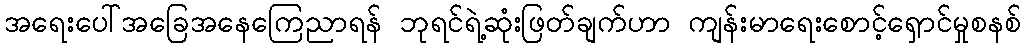
အရေးပေါ်အခြေအနေကြေညာရန် ဘုရင်ရဲ့ဆုံးဖြတ်ချက်ဟာ ကျန်းမာရေးစောင့်ရှောင်မှုစနစ်